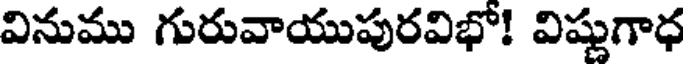
వినుము గురువాయుపురవిభో! విష్ణుగాధ